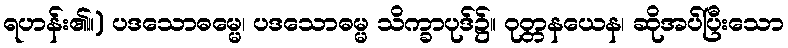
ရဟန်း၏။) ပဒသောဓမ္မေ၊ ပဒသောဓမ္မ သိက္ခာပုဒ်၌။ ဝုတ္တနယေန၊ ဆိုအပ်ပြီးသော